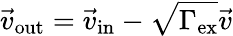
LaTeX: \vec{v}_{\mathrm{out}}=\vec{v}_{\mathrm{in}}-\sqrt{\Gamma_{\mathrm{ex}}}\vec{v}